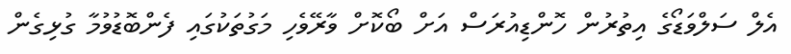
އެލް ސަލްވަޑޯގެ އިތުރުން ހޮންޑިއުރަސް އަށް ބޯކޮށް ވާރޭވެހި މަގުތަކުގައި ފެންބޮޑުވުމާ ގުޅިގެން